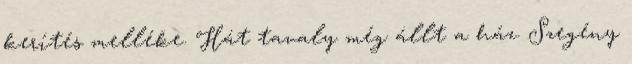
kerítés melléke. Hát tavaly még állt a ház. Szegény